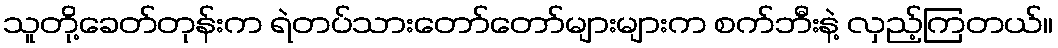
သူတို့ခေတ်တုန်းက ရဲတပ်သားတော်တော်များများက စက်ဘီးနဲ့ လှည့်ကြတယ်။